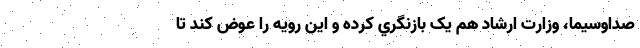
صداوسيما، وزارت ارشاد هم يک بازنگري کرده و این رویه را عوض کند تا